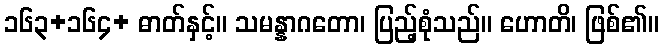
၁၆၃+၁၆၄+ ဓာတ်နှင့်။ သမန္နာဂတော၊ ပြည့်စုံသည်။ ဟောတိ၊ ဖြစ်၏။